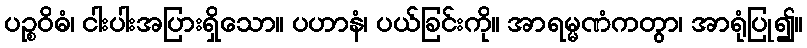
ပဉ္စဝိဓံ၊ ငါးပါးအပြားရှိသော။ ပဟာနံ၊ ပယ်ခြင်းကို။ အာရမ္မဏံကတွာ၊ အာရုံပြု၍။